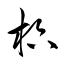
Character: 枳